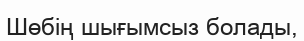
Шөбің шығымсыз болады,